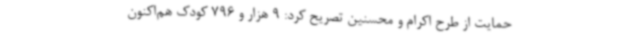
حمایت از طرح اکرام و محسنین تصریح کرد: 9 هزار و 796 کودک هم‌اکنون